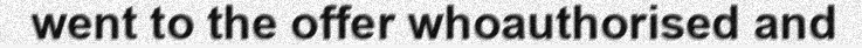
went to the offer whoauthorised and